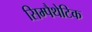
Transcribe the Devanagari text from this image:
सिम्पैथेटिक